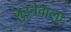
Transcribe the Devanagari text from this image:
जुड़नेवाला